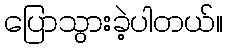
ပြောသွားခဲ့ပါတယ်။